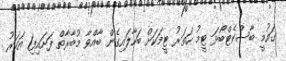
ގައުމީ ބާސްކެޓްބޯޅަ ޓީމު ހަތަރު ޓީމަކަށް ބަހާލައިގެން ބާއްވާ މުބާރާތް ފަށައިފި1 އަހަރު